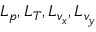
L _ { p } , L _ { T } , L _ { v _ { x } } , L _ { v _ { y } }